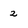
Character: z